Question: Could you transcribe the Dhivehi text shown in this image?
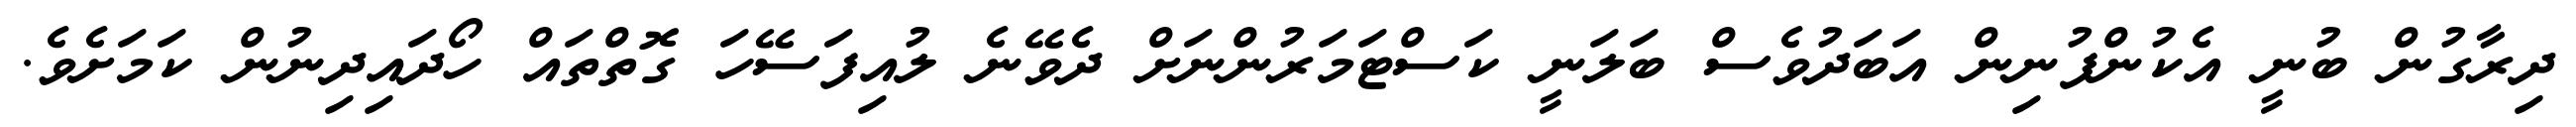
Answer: ދިރާގުން ބުނީ އެކުންފުނިން އަބަދުވެސް ބަލަނީ ކަސްޓަމަރުންނަށް ދެވޭނެ ލުއިފަސޭހަ ގޮތްތައް ހޯދައިދިނުން ކަމަށެވެ.